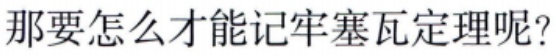
那要怎么才能记牢塞瓦定理呢?